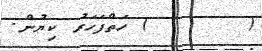
(       ) ހަތްފަހަރު ކިޔުން.